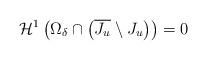
LaTeX: \begin{align*} \mathcal{H}^1\left( \Omega_\delta \cap \left( \overline{J_u} \setminus J_u \right) \right) = 0 \end{align*}